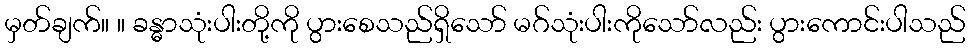
မှတ်ချက်။ ။ ခန္ဓာသုံးပါးတို့ကို ပွားစေသည်ရှိသော် မဂ်သုံးပါးကိုသော်လည်း ပွားကောင်းပါသည်